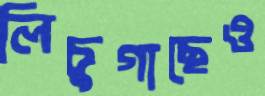
লিচুগাছেও